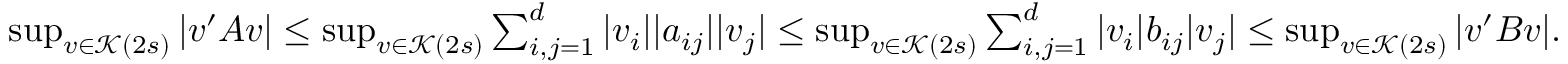
\begin{array} { r } { \operatorname* { s u p } _ { v \in \mathcal { K } ( 2 s ) } | v ^ { \prime } A v | \leq \operatorname* { s u p } _ { v \in \mathcal { K } ( 2 s ) } \sum _ { i , j = 1 } ^ { d } | v _ { i } | | a _ { i j } | | v _ { j } | \leq \operatorname* { s u p } _ { v \in \mathcal { K } ( 2 s ) } \sum _ { i , j = 1 } ^ { d } | v _ { i } | b _ { i j } | v _ { j } | \leq \operatorname* { s u p } _ { v \in \mathcal { K } ( 2 s ) } | v ^ { \prime } B v | . } \end{array}